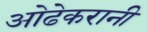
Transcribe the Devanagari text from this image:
ओढेकरानी